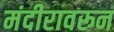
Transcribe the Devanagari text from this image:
मंदीरावरून